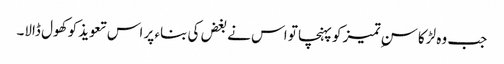
جب وہ لڑکا سنِ تمیز کو پہنچا تو اس نے بغض کی بناء پر اس تعویذ کو کھول ڈالا۔